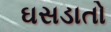
ઘસડાતો